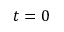
t = 0